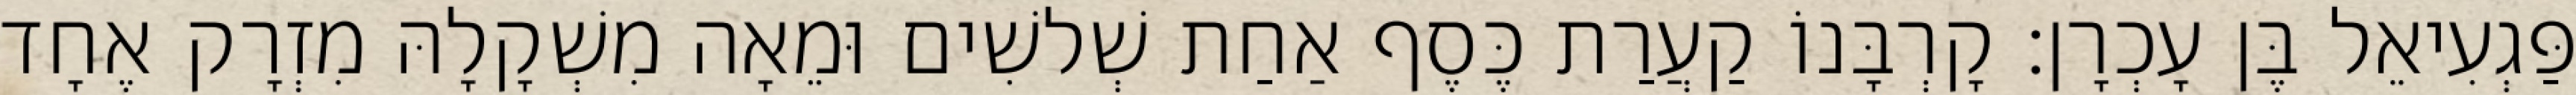
פַּגְעִיאֵל בֶּן עָכְרָן׃ קָרְבָּנוֹ קַעֲרַת כֶּסֶף אַחַת שְׁלשִׁים וּמֵאָה מִשְׁקָלָהּ מִזְרָק אֶחָד